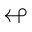
\looparrowleft